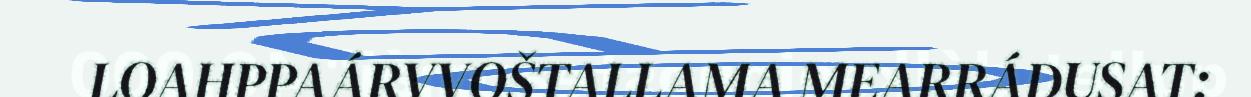
LOAHPPAÁRVVOŠTALLAMA MEARRÁDUSAT: